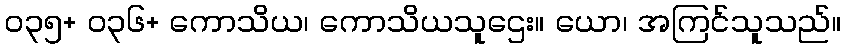
၀၃၅+ ၀၃၆+ ကောသိယ၊ ကောသိယသူဌေး။ ယော၊ အကြင်သူသည်။